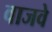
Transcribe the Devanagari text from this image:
वाजवे